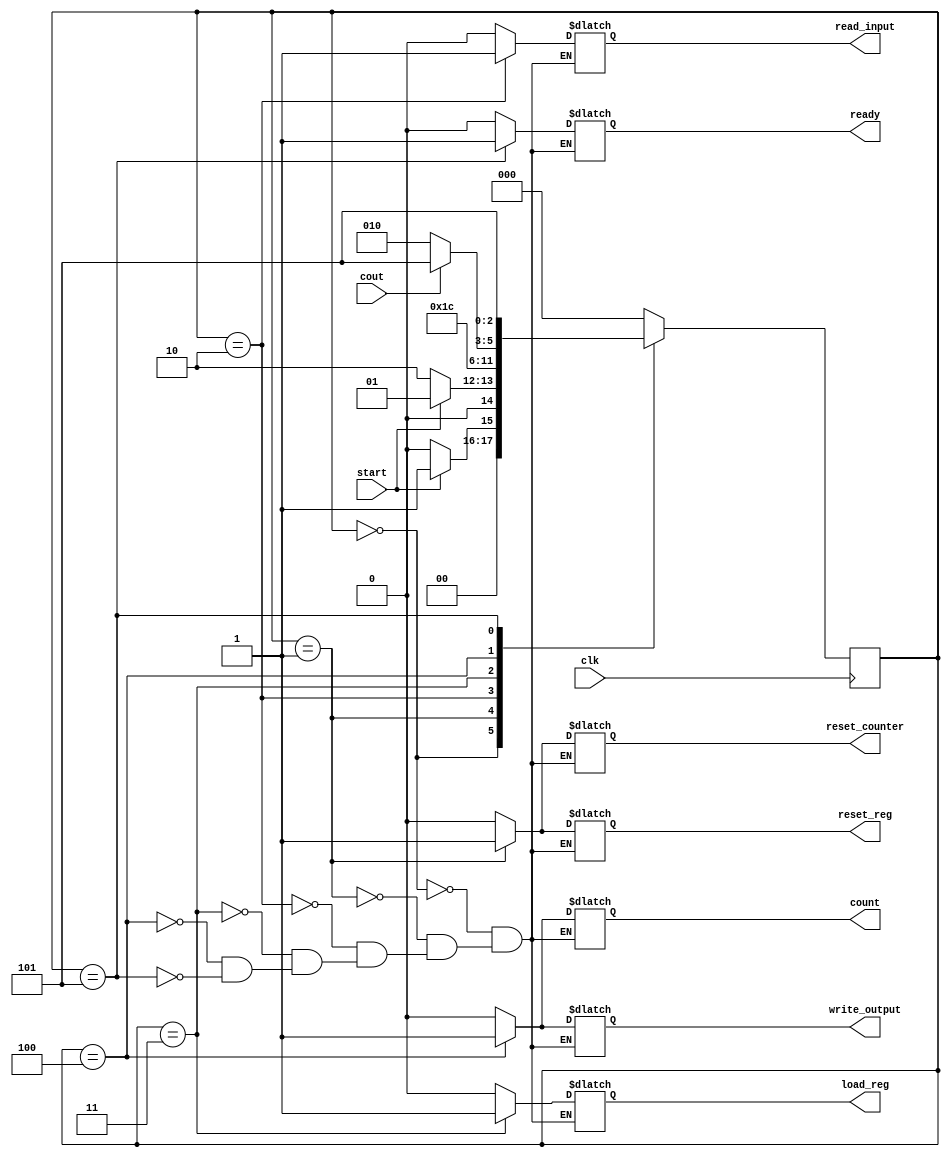
// In the Name of God

module cu
(
    start,
    clk,
    cout,
    reset_counter,
    count,
    load_reg,
    reset_reg,
    ready,
    read_input,
    write_output
);
    input start, clk, cout;
    output reg reset_counter, count, load_reg, reset_reg, ready, read_input, write_output;
    reg [2:0] ps, ns;
    parameter Idle = 0,Init = 1,Read = 2,Load = 3,Write = 4,Finish = 5;
    
    always @(posedge clk) begin
        ps <= ns; 
    end

    always @(ps,start,cout) begin
        ns = Idle;
        case (ps)
            Idle: ns = start ? Init : Idle;
            Init: ns = start ? Init : Read;
            Read: ns = Load;
            Load: ns = Write;
            Write: ns = cout ? Finish : Read;
            Finish: ns = Finish;
            default: ns = Idle;
        endcase
    end

    always @(ps,start,cout) begin

        case (ps)
            Idle:begin
                {reset_counter, count, load_reg, reset_reg, ready, read_input, write_output} = 7'b0000000;
            end
            Init:begin
                {reset_counter, count, load_reg, reset_reg, ready, read_input, write_output} = 7'b1001000;
            end
            Read:begin
                {reset_counter, count, load_reg, reset_reg, ready, read_input, write_output} = 7'b0000010;
            end
            Load:begin
                {reset_counter, count, load_reg, reset_reg, ready, read_input, write_output} = 7'b0010000;
            end
            Write:begin
                {reset_counter, count, load_reg, reset_reg, ready, read_input, write_output} = 7'b0100001;
            end
            Finish:begin
                {reset_counter, count, load_reg, reset_reg, ready, read_input, write_output} = 7'b0000100;
            end
        endcase
    end

endmodule